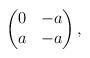
LaTeX: \begin{align*}\begin{pmatrix}0 & -a \\a & -a\end{pmatrix},\end{align*}